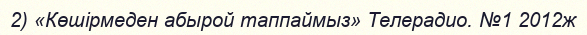
2) «Көшірмеден абырой таппаймыз» Телерадио. №1 2012ж